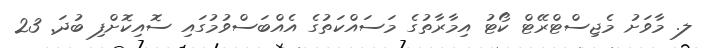
ލ. މާވަށު މެޖިސްޓްރޭޓް ކޯޓު އިމާރާތުގެ މަސައްކަތުގެ އެއްބަސްވުމުގައި ސޮއިކޮށްފި ބުދަ